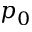
p _ { 0 }